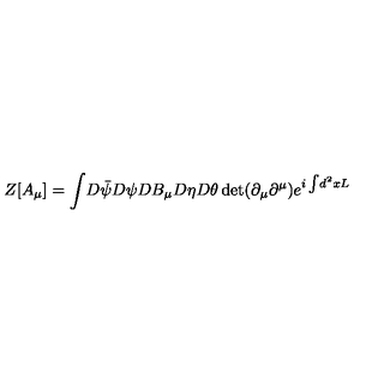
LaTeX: Z [ A _ { \mu } ] = \int \! D \bar { \psi } D \psi D B _ { \mu } D \eta D \theta \det ( \partial _ { \mu } \partial ^ { \mu } ) e ^ { i \int \! d ^ { 2 } x L }